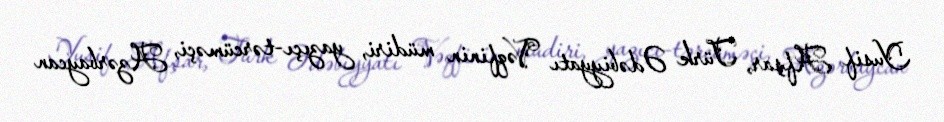
Yusif Afşar, Türk Ədəbiyyatı Vəqfinin müdiri, yazıçı-tərcüməçi, Azərbaycan